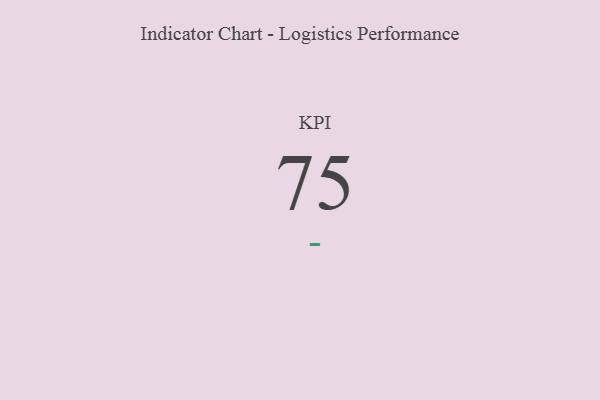
{"axis": {"x": "KPI", "y": "Value"}, "legend": [""], "data": [{"x": "KPI", "y": 75, "type": ""}]}